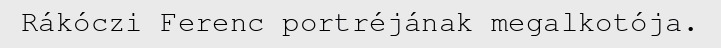
Rákóczi Ferenc portréjának megalkotója.